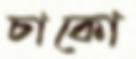
চাকো